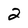
Character: 2